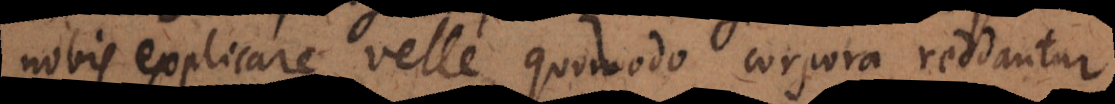
nobis explicare velle, quomodo corpora reddantur